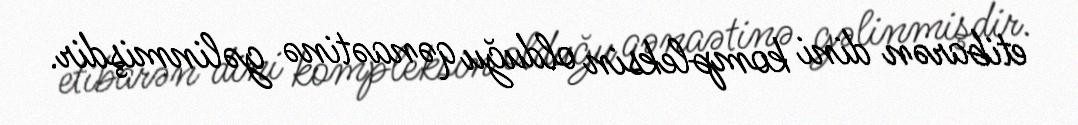
etibarən dini kompleksin olduğu qənaətinə gəlinmişdir.